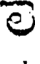
ల